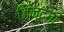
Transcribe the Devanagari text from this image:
जिंन्दगी